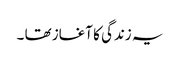
یہ زندگی کا آغاز تھا ۔